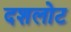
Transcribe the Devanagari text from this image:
दशलोट